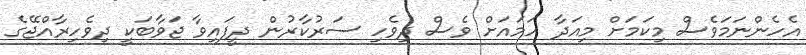
އެހެންނަމަވެސް މިކަމަށް މިއަދާ ހަމައަށް ވެސް ދިވެހި ސަރުކާރުން ދީފައިވާ ޖަވާބަކީ ދިވެހިރާއްޖޭގެ